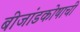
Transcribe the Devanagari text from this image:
बीजांडकोषाची